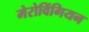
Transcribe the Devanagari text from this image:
मेरोविंगियन